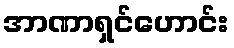
အာဏာရှင်ဟောင်း